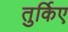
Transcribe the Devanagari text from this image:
तुर्किए